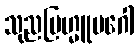
သုညဗြဟ္မူပဂေါ